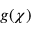
g ( \chi )